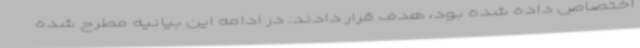
اختصاص داده شده بود، هدف قرار دادند. در ادامه این بیانیه مطرح شده